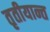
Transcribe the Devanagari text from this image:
तृतीयान्त